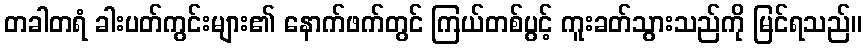
တခါတရံ ခါးပတ်ကွင်းများ၏ နောက်ဖက်တွင် ကြယ်တစ်ပွင့် ကူးခတ်သွားသည်ကို မြင်ရသည်။